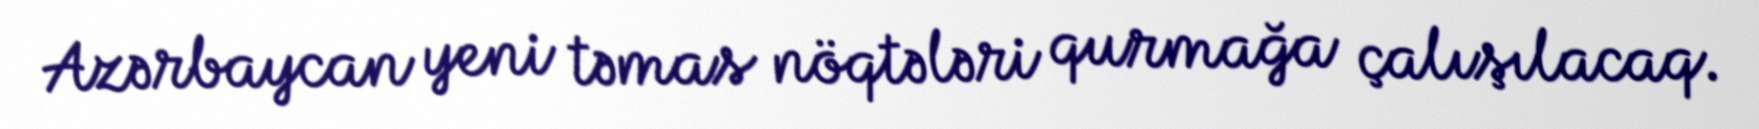
Azərbaycan yeni təmas nöqtələri qurmağa çalışılacaq.